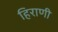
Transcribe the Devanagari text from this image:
हिराणी